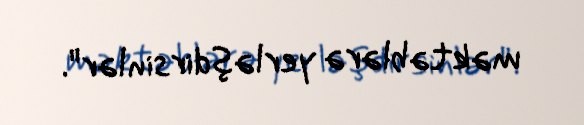
məktəblərə yerləşdirsinlər".